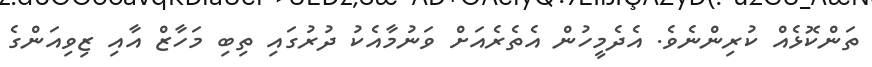
ތަންކޮޅެއް ކުރިންނެވެ. އެދެމީހުން އެތެރެއަށް ވަނުމާއެކު ދުރުގައި ތިބި މަހާޒް އާއި ޒިވިއަންގެ